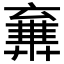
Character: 𠆉